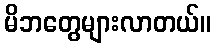
မိဘတွေများလာတယ်။